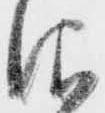
仰